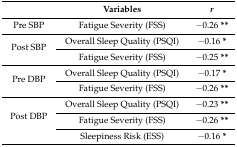
<table><thead><tr><td></td><td><b>Variables</b></td><td><b><i>r</i></b></td></tr></thead><tbody><tr><td>Pre SBP</td><td>Fatigue Severity (FSS)</td><td>−0.26 <b>**</b></td></tr><tr><td rowspan="2">Post SBP</td><td>Overall Sleep Quality (PSQI)</td><td>−0.16 <b>*</b></td></tr><tr><td>Fatigue Severity (FSS)</td><td>−0.25 <b>**</b></td></tr><tr><td rowspan="2">Pre DBP</td><td>Overall Sleep Quality (PSQI)</td><td>−0.17 <b>*</b></td></tr><tr><td>Fatigue Severity (FSS)</td><td>−0.26 <b>**</b></td></tr><tr><td rowspan="3">Post DBP</td><td>Overall Sleep Quality (PSQI)</td><td>−0.23 <b>**</b></td></tr><tr><td>Fatigue Severity (FSS)</td><td>−0.26 <b>**</b></td></tr><tr><td>Sleepiness Risk (ESS)</td><td>−0.16 <b>*</b></td></tr></tbody></table>